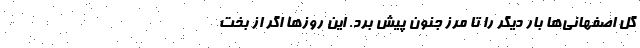
گل اصفهانی‌ها بار دیگر را تا مرز جنون پیش برد. این روزها اگر از بخت